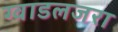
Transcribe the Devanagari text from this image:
ग्वाडलजरा